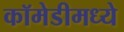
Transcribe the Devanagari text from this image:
कॉमेडीमध्ये